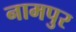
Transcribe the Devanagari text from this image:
नामपुर